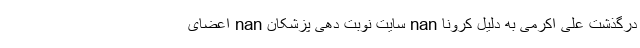
درگذشت علی اکرمی به دلیل کرونا nan سایت نوبت دهی پزشکان nan اعضای